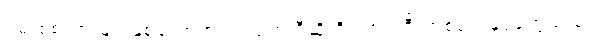
ရှမ်းစစ်သားများနှစ်ယောက်ရပ်လျက် ဒီဆိုတိုးကားကြီးတစ်စင်းနှင့်တွေ့သည်။